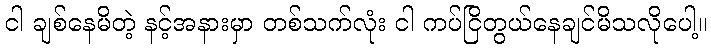
ငါ ချစ်နေမိတဲ့ နင့်အနားမှာ တစ်သက်လုံး ငါ ကပ်ငြိတွယ်နေချင်မိသလိုပေါ့။